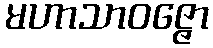
မဟာသာဝဇ္ဇော